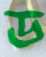
ড